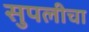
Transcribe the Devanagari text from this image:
सुपलीचा